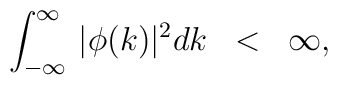
\int^{\infty}_{-\infty}\,|\phi(k)|^2 dk \;\; < \;\; \infty,